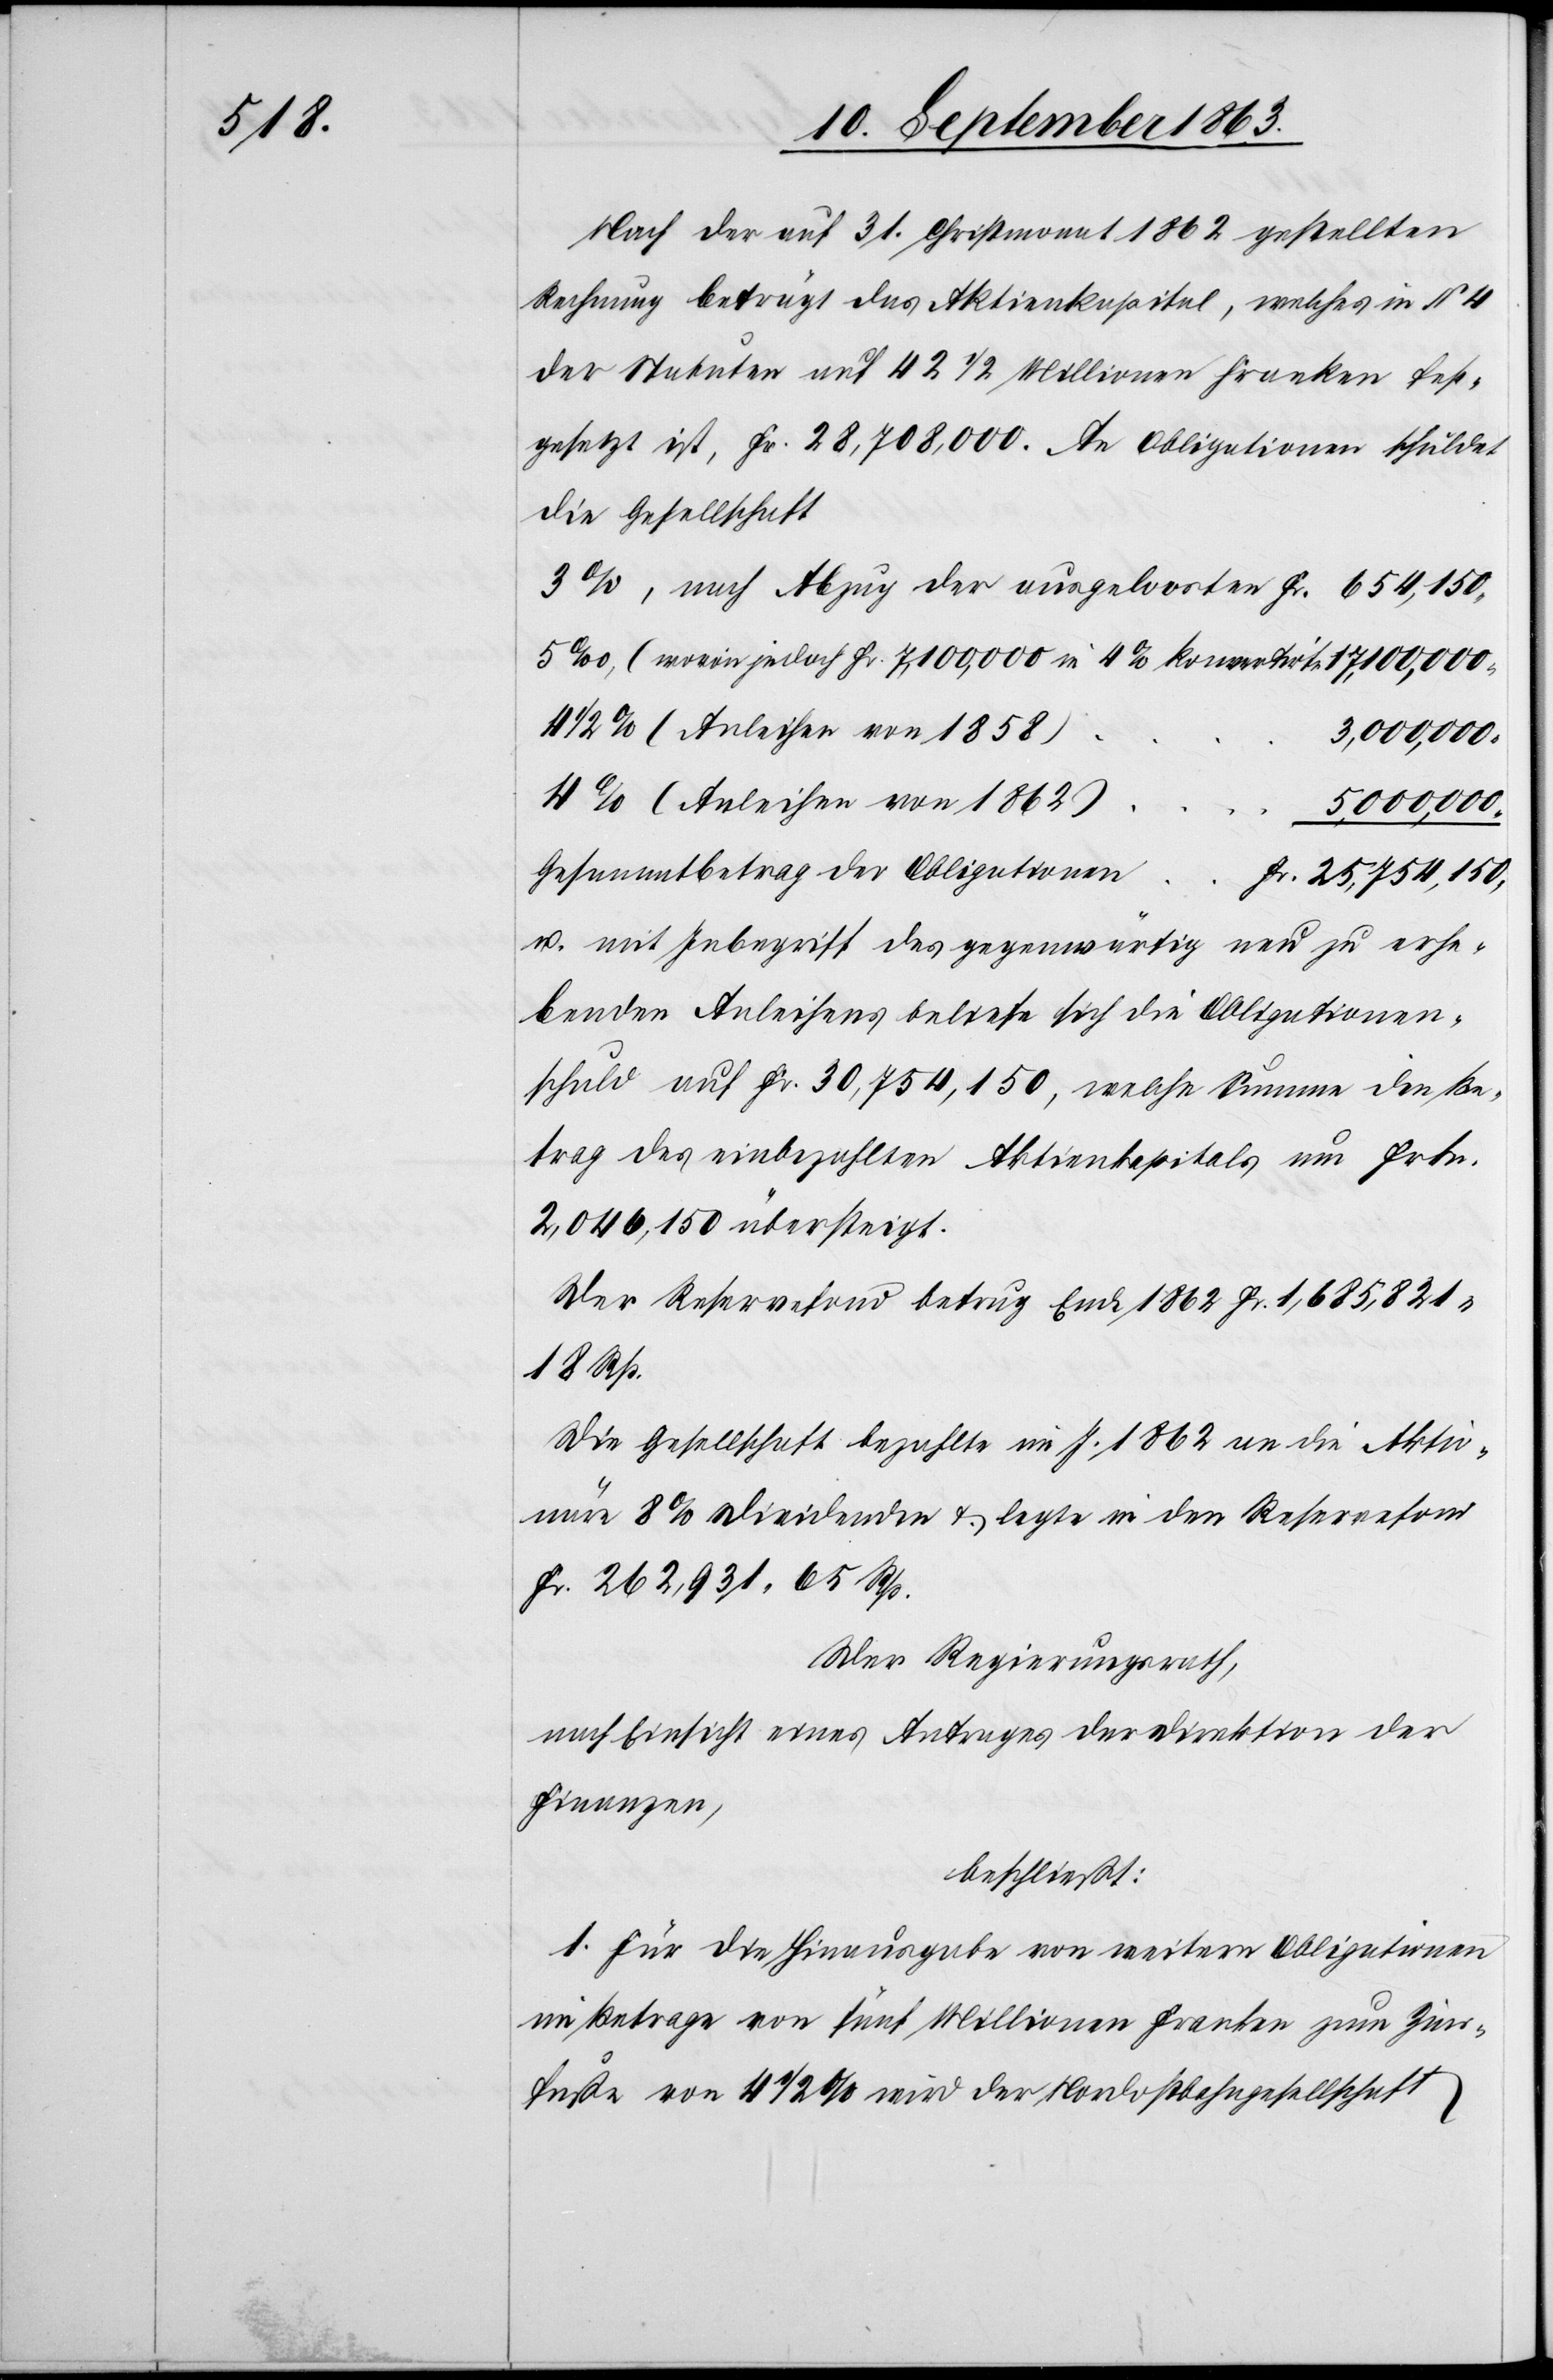
Nach der auf 31. Christmonat 1862 gestellten
Rechnung beträgt das Aktienkapital, welches in § 4
der Statuten auf 42 1/2 Millionen Franken fest¬
gesetzt ist, Fr. 28,708,000. An Obligationen schuldet
die Gesellschaft
4 1/2 % (Anleihen von 1858)
3,000,000.
4% (Anleihen von 1862)
5,000,000.
Gesammtbetrag der Obligationen
25,754,150.
u. mit Inbegriff des gegenwärtig neu zu erhe¬
benden Anleihens beliefe sich die Obligationen¬
schuld auf Fr. 30,754,150, welche Summe den Be¬
trag des einbezahlten Aktienkapitals um Frkn.
2,046,150 übersteigt.
Der Reservefond betrug Ende 1862 Fr. 1,685,821.
18 Rp.
Die Gesellschaft bezahlte im J. 1862 an die Aktio¬
näre 8% Dividenden & legte in den Reservefond
Fr. 262,931. 65 Rp.
Der Regierungsrath,
nach Einsicht eines Antrages der Direktion der
Finanzen,
beschließt:
1. Für die Hinausgabe von weitern Obligationen
im Betrage von fünf Millionen Franken zum Zins¬
fuße von 4 1/2 % wird der Nordostbahngesellschaft